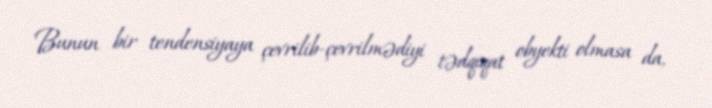
Bunun bir tendensiyaya çevrilib-çevrilmədiyi tədqiqat obyekti olmasa da,